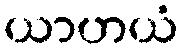
ယာဟယံ